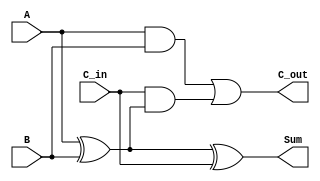
module RippleCarryFullAdder (
    input wire A,       // First input bit
    input wire B,       // Second input bit
    input wire C_in,    // Carry-in bit
    output wire Sum,    // Sum output
    output wire C_out   // Carry-out output
);

// Internal signals
wire A_B_xor;         // Intermediate signal for A XOR B
wire A_and_B;         // Intermediate signal for A AND B
wire C_in_and_A_B_xor; // Intermediate signal for C_in AND (A XOR B)

// Compute the sum
assign A_B_xor = A ^ B;                // A XOR B
assign Sum = A_B_xor ^ C_in;           // (A XOR B) XOR C_in

// Compute the carry-out
assign A_and_B = A & B;                // A AND B
assign C_in_and_A_B_xor = C_in & A_B_xor; // C_in AND (A XOR B)
assign C_out = A_and_B | C_in_and_A_B_xor; // (A AND B) OR (C_in AND (A XOR B))

endmodule